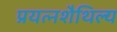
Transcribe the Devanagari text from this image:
प्रयत्नशैथिल्य